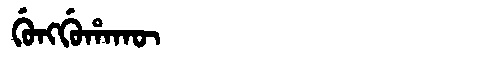
Manchu: ᡤᡠᠩᡤᡠᡥᠠᡴᡡ
Romanization: GUNGGUHAKŪ